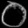
Digit: ၀